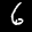
Label: 6